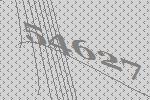
54627